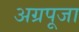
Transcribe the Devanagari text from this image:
अग्रपूजा